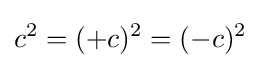
c^{2}=(+c)^{2}=(-c)^{2}